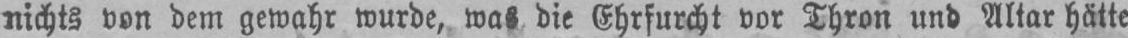
nichts von dem gewahr wurde, was die Ehrfurcht vor Thron und Altar hätte